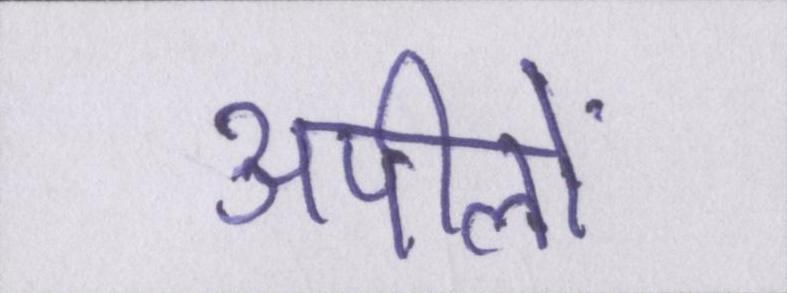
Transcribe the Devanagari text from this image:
अपीलों